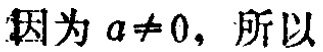
因为 \(a\neq 0\)，所以